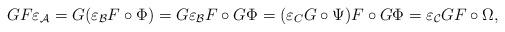
LaTeX: \begin{align*}GF\varepsilon_{\mathcal{A}}&=G(\varepsilon_{\mathcal{B}}F\circ\Phi)=G\varepsilon_{\mathcal{B}}F\circ G\Phi=(\varepsilon_{C}G\circ\Psi)F\circ G\Phi=\varepsilon_{\mathcal{C}}GF\circ\Omega,\end{align*}